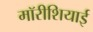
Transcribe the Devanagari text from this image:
मॉरीशियाई